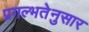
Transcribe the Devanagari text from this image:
प्रगल्भतेनुसार